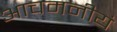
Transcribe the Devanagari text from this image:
आचमनीयं